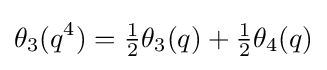
\theta _{3}(q^{4})={\tfrac {1}{2}}\theta _{3}(q)+{\tfrac {1}{2}}\theta _{4}(q)